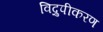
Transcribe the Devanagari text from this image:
विद्रुपीकरण